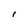
Character: I